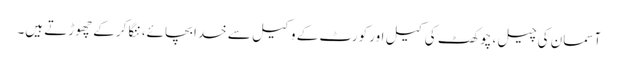
آسمان کی چیل، چوکھٹ کی کیل اور کورٹ کے وکیل سے خدا بچائے، ننگا کرکے چھوڑتے ہیں۔